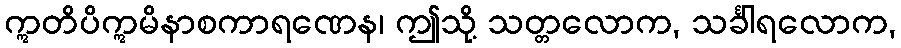
ဣတိပိဣမိနာစကာရဏေန၊ ဤသို့ သတ္တလောက, သင်္ခါရလောက,